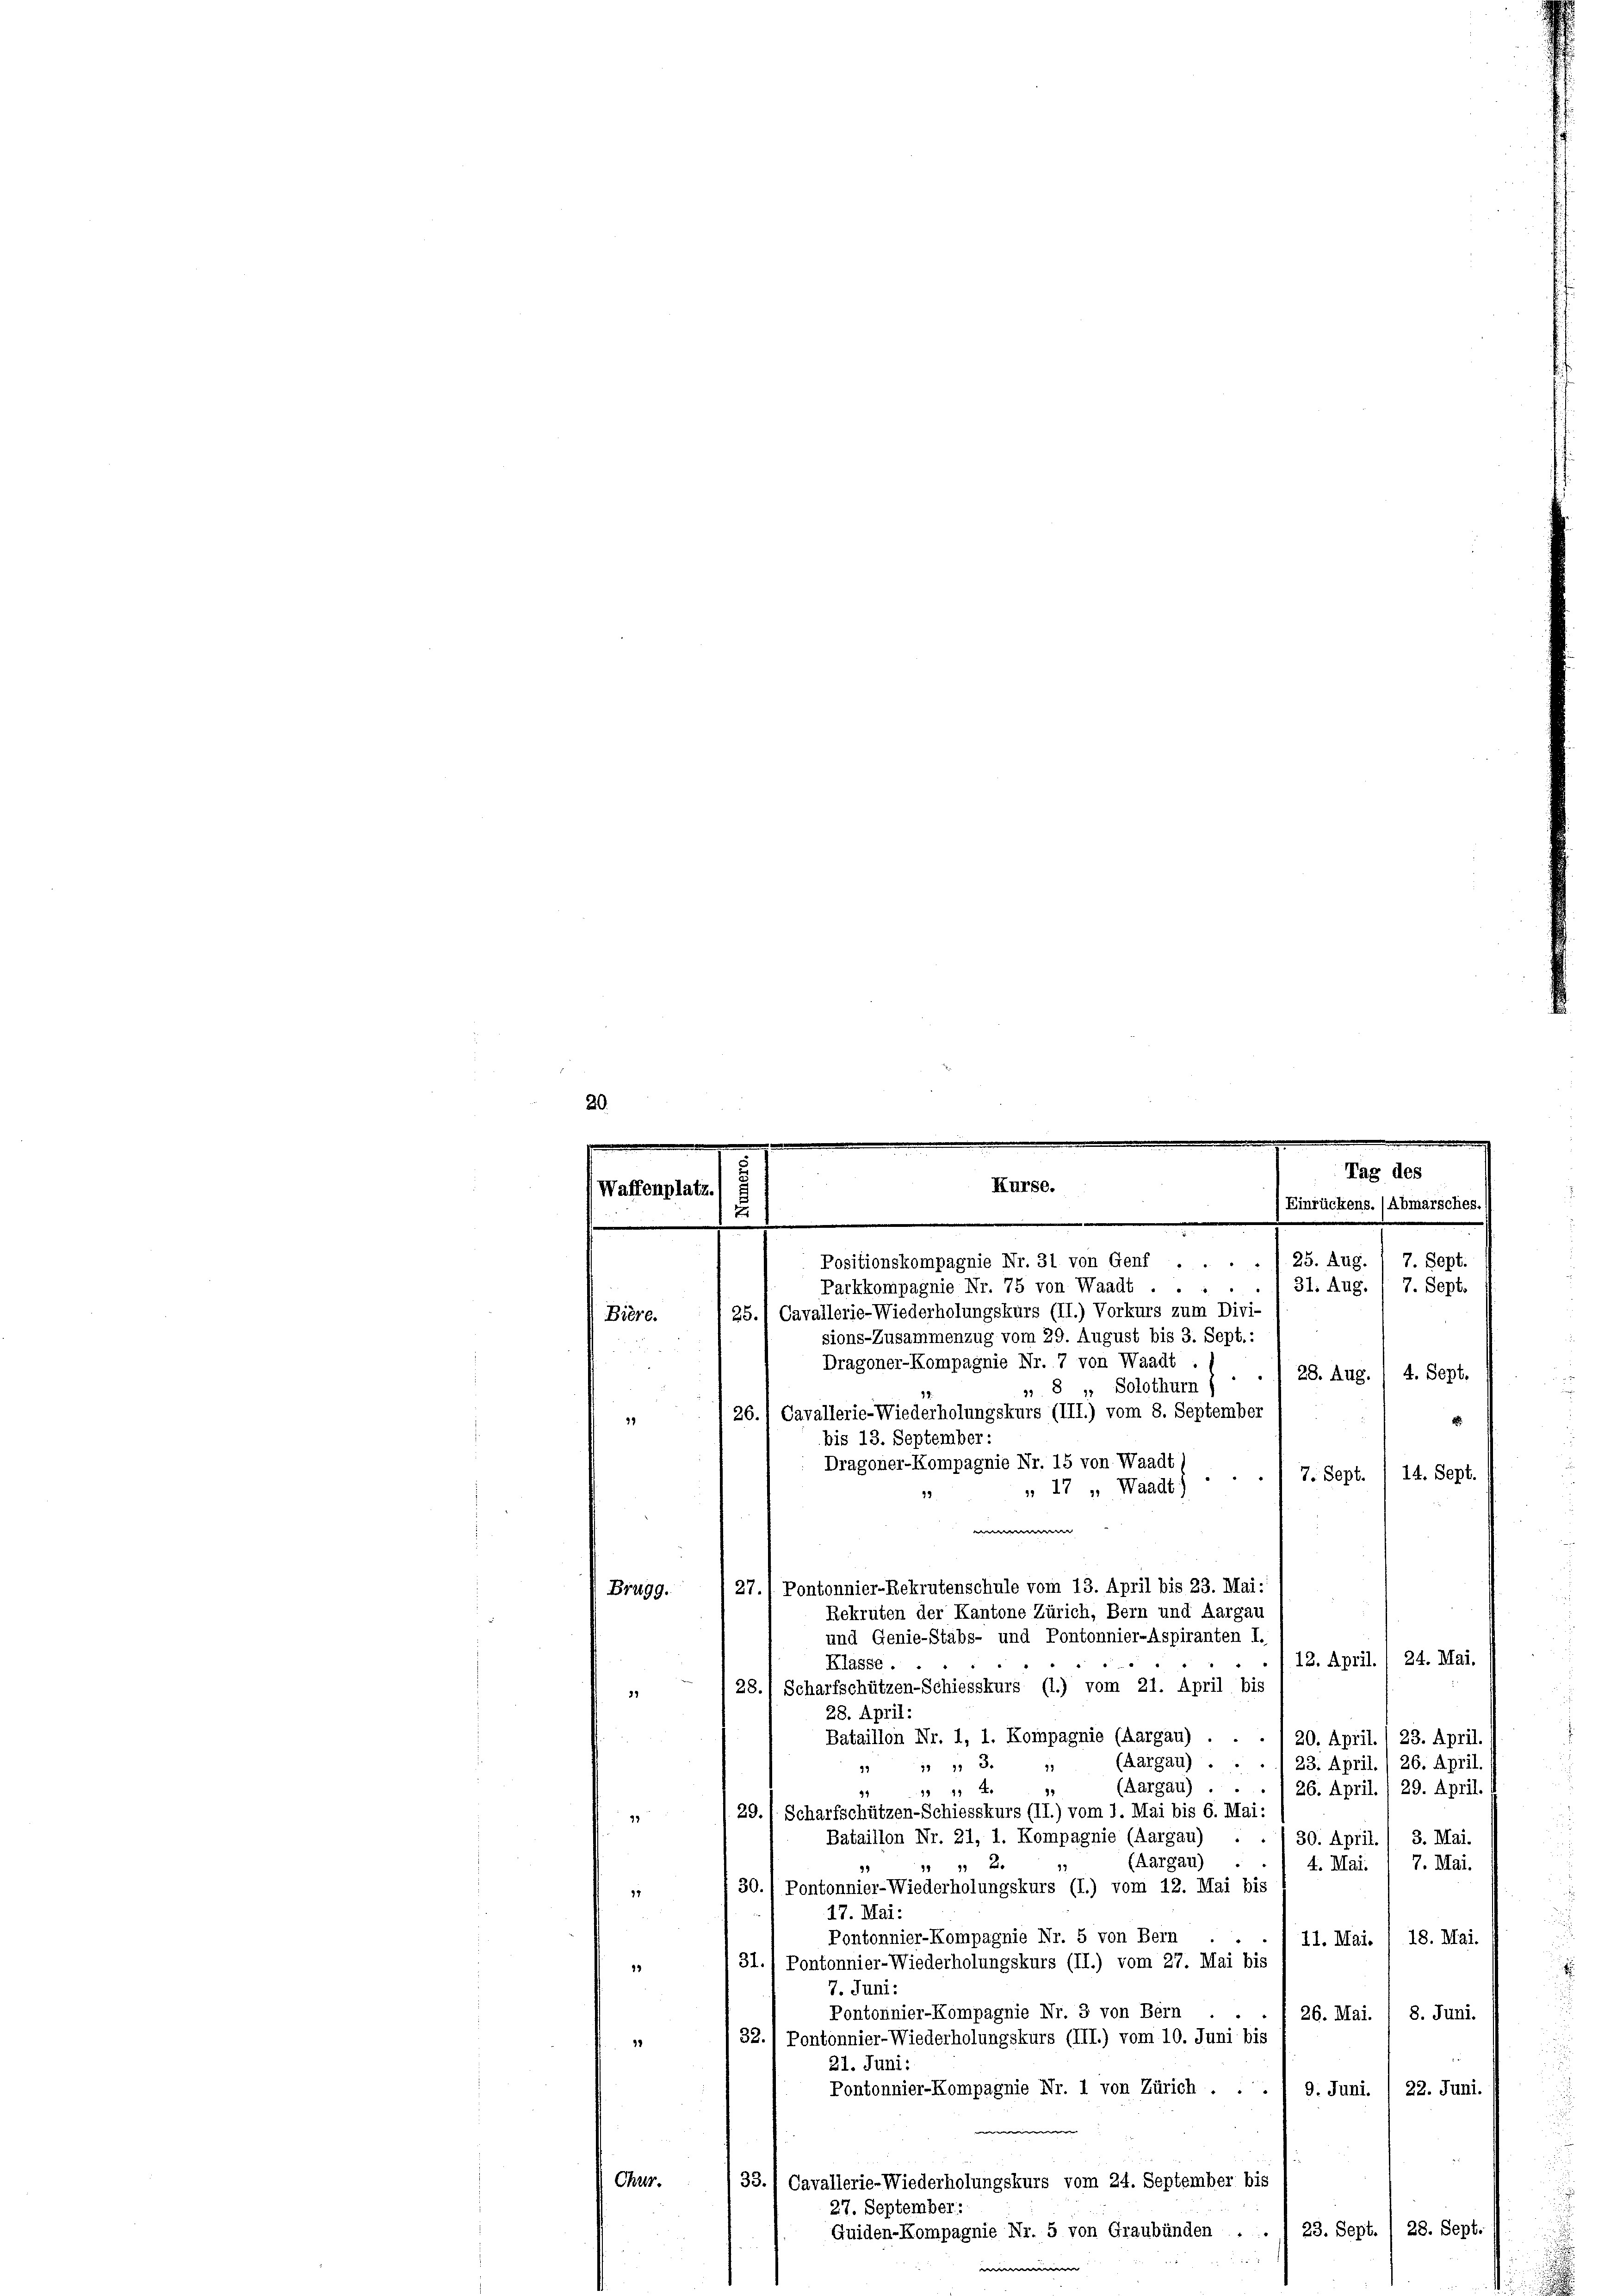
20.
e
e
.
Tag des
Kurse.
(Waffenplatz.
Einrückens. (Abmarsches.

d
Positionskompagnie Nr. 31 von Genf . . . . . 25. Aug. / 7. Sept.

Bière.
29
Brugg.

Parkkompagnie Nr. 75 von Waadt . . . . . 31. Aug
7. Sept.
25.) Cavallerie-Wiederholungskurs (II.) Vorkurs zum Divi-
sions-Zusammenzug vom 29. August bis 3. Sept.:
Dragoner-Kompagnie Nr. 7 von Waadt
28. Aug. 1 4. Sept.
». 8 „ Solothurn f
7. Sept. 1 14. Sept.
 17 " Waadt)
12. April. / 24. Mai.
Klasse.
28.) Scharfschützen-Schiesskurs (l.) vom 21. April bis
21
28. April:
Bataillon Nr. 1, 1. Kompagnie (Aargau) . . . . 20. April. / 23. April.
(Aargau) . . . . 23. April. / 26. April.
113.
97
19
(Aargau) ..
1 x
26. April. / 29. April.
2
44
29. / Scharfschützen-Schiesskurs (II.) vom 1. Mai bis 6. Mai:
4
Bataillon Nr. 21, 1. Kompagnie (Aargau) . ./ 30. April. / 3. Mai.
(Aargau)
7. Mai.
 x
4. Mai.
13
30./ Pontonnier-Wiederholungskurs (I.) vom 12. Mai bis
11
17. Mai:
Pontonnier-Kompagnie Nr. 5 von Bern
18. Mai.
11. Mai.
31.1 Pontonnier-Wiederholungskurs (II.) vom 27. Mai bis
22
7. Juni:
Pontonnier-Kompagnie Nr. 3 von Bern
8. Juni.
26. Mai.
32. 1 Pontonnier-Wiederholungskurs (III.) vom 10. Juni bis
91
21. Juni:
Pontonnier-Kompagnie Nr. 1 von Zürich . .
9. Juni. / 22. Juni
e
Chur.
33. Cavallerie-Wiederholungskurs vom 24. September bis
27. September:
23. Sept. / 28. Sept.
Quiden-Kompagnie Nr. 5 von Graubünden .
e |

26., Cavallerie-Wiederholungskurs (III.) vom 8. September
Dragoner-Kompagnie Nr. 15 von Waadt,

27.1 Pontonnier-Rekrutenschule vom 13. April bis 23. Mai:
Rekruten der Kantone Zürich, Bern und Aargau
und Genie-Stabs- und Pontonnier-Aspiranten I.

bis 13. September: